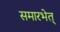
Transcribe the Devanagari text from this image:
समारभेत्